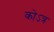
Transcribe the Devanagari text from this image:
कोऽत्र